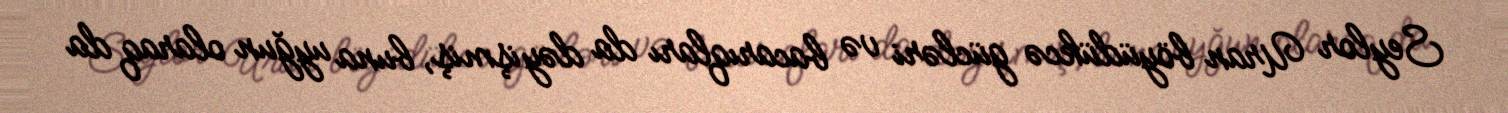
Seylor Uran böyüdükcə gücləri və bacarıqları da dəyişmiş, buna uyğun olaraq da